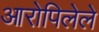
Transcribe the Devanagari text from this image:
आरोपिलेले